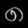
Digit: ၈